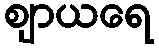
ဈာယရေ